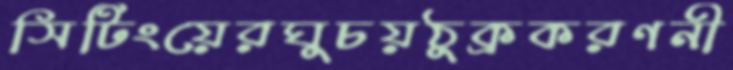
সিটিংয়েরঘুচয়ঠুক্‌রকরণনী